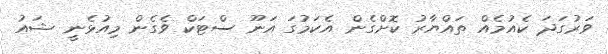
ވަރުގަދަ ކެއުމެއް ތައްޔާރު ކޮށްގެން އެކަމުގަ އަނޫ ސްޓަކް ވެގެން މިއުޅެނީ ޝައު